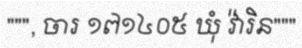
""", ចារ ១៧១៤០៥ ឃុំ វ៉ារិន"""